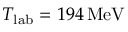
T _ { \mathrm { l a b } } = 1 9 4 \, \mathrm { M e V }